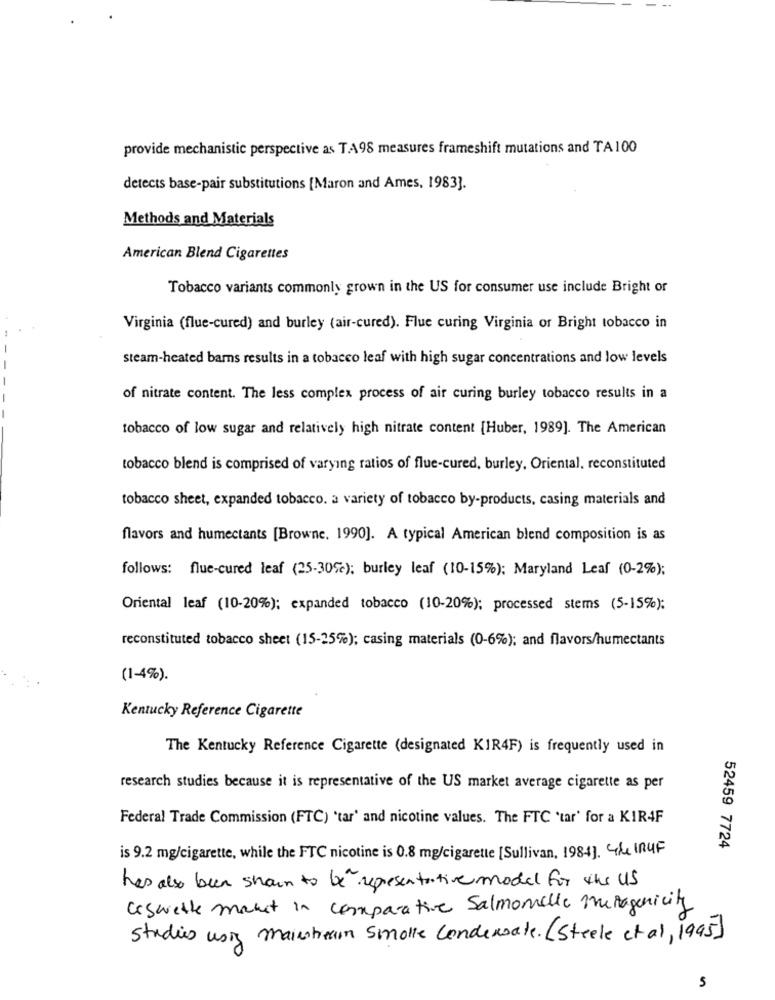
provide mechanistic perspective as TA98 measures frameshift mutations and TA100
detects base-pair substitutions [Maron and Ames, 1983].
Methods and Materials
American Blend Cigarettes
Tobacco variants commonly grown in the US for consumer use include Bright or
Virginia (flue-cured) and burley (air-cured). Flue curing Virginia or Bright tobacco in
steam-heated bars results in a tobacco leaf with high sugar concentrations and low levels
of nitrate content. The less complex process of air curing burley tobacco results in a
tobacco of low sugar and relatively high nitrate content [Huber, 1989]. The American
tobacco blend is comprised of varying ratios of flue-cured, burley, Oriental, reconstituted
tobacco sheet, expanded tobacco. a variety of tobacco by-products, casing materials and
flavors and humectants [Browne, 1990]. A typical American blend composition is as
follows: flue-cured leaf (25-30℃); burley leaf (10-15%); Maryland Leaf (0-2%);
Oriental leaf (10-20%); expanded tobacco (10-20%); processed stems (5-15%);
reconstituted tobacco sheet (15-25%); casing materials (0-6%); and flavors/humectants
(1-4%).
Kentucky Reference Cigarette
The Kentucky Reference Cigarette (designated KIR4F) is frequently used in
research studies because it is representative of the US market average cigarette as per
Federal Trade Commission (FTC) 'tar' and nicotine values. The FTC 'tar' for a KIR4F
52459 7724
is 9.2 mg/cigarette, while the FTC nicotine is 0.8 mg/cigarette [Sullivan, 1984]. Che IRUF
has also been shown to be" representative model for the US
ceswette manet in comparative Salmonelle mutagenicity
studies using mainstream smolle condensate. (Steele et al, 1995]
S